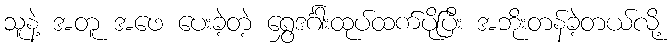
သူနဲ့ အတူ အဖေ ပေးခဲ့တဲ့ ရွှေဒင်္ဂါးထုပ်ထက်ပိုပြီး အဘိုးတန်ခဲ့တယ်လို့